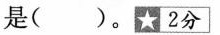
是( )。☆2分